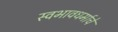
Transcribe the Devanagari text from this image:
स्वभावधर्माचे